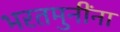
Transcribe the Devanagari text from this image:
भरतमुनींना